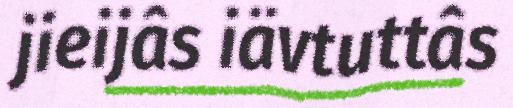
jieijâs iävtuttâs